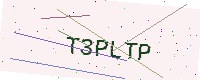
Text: T3PLTP